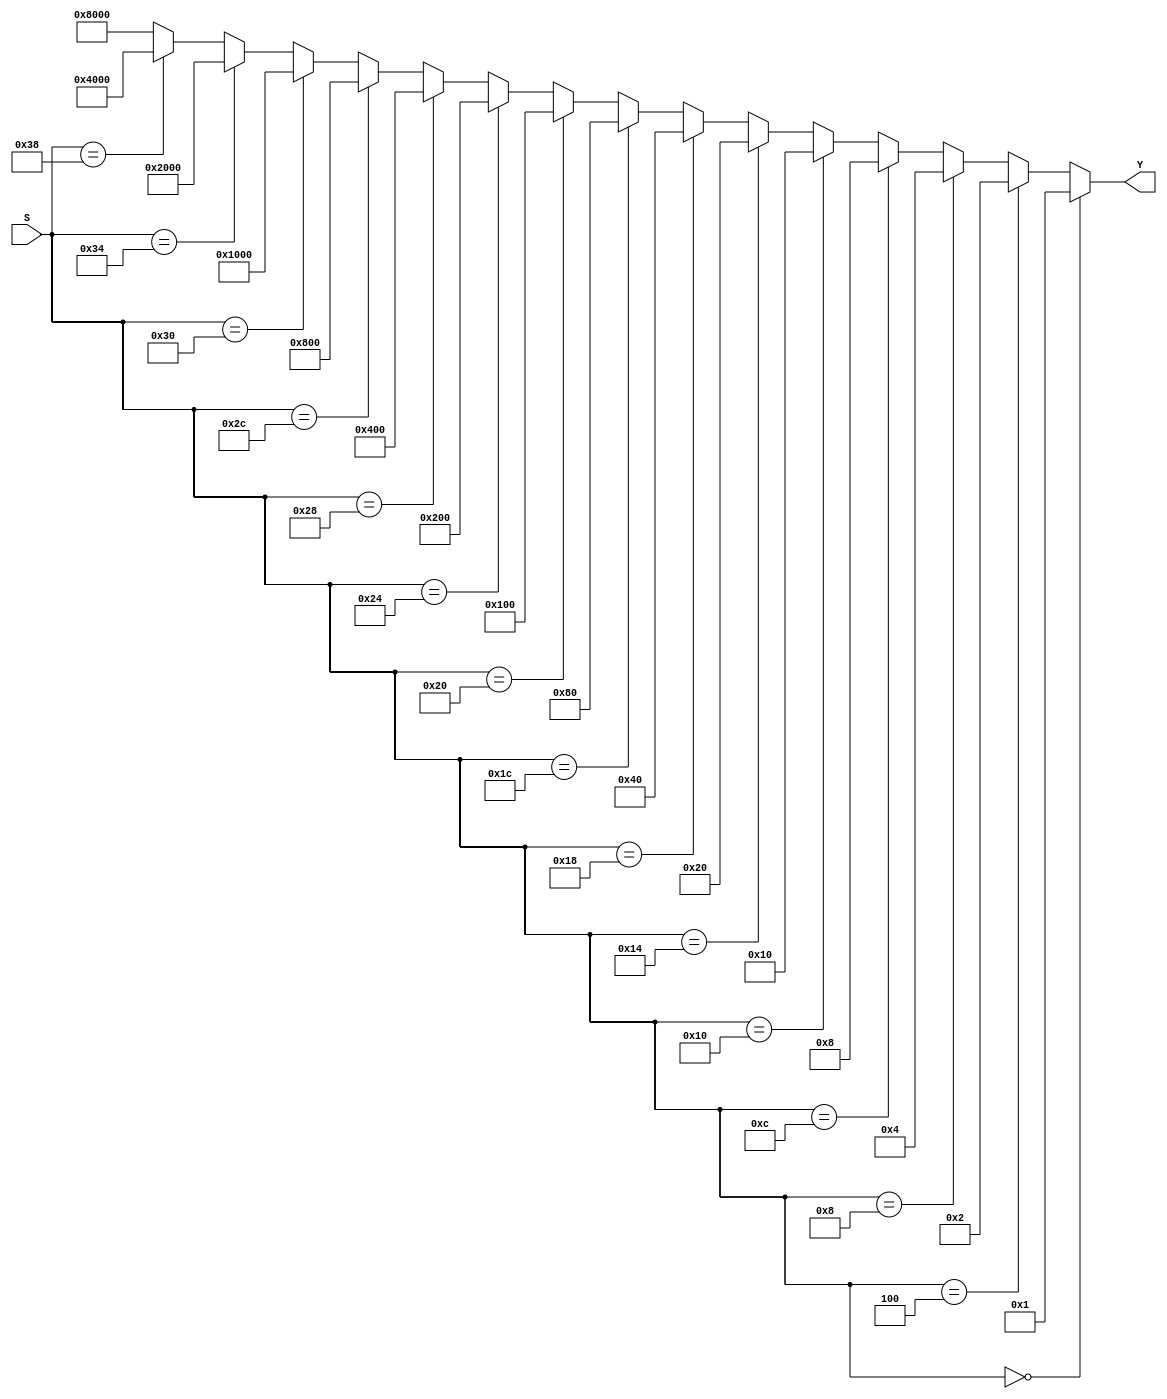
`timescale 1ns / 1ps
//////////////////////////////////////////////////////////////////////////////////
// Company: 
// Engineer: 
// 
// Design Name: 
// Module Name:    DecoHexa 
// Project Name: 
// Target Devices: 
// Tool versions: 
// Description: 
//
// Dependencies: 
//
// Revision: 
// Revision 0.01 - File Created
// Additional Comments: 
//
//////////////////////////////////////////////////////////////////////////////////
module DecoHexa(
			input [31:0]S,
			output wire [15:0]Y
    );
	 
	  
	 assign Y = (S == 32'h0)? 16'b0000000000000001: 
					(S == 32'h4)? 16'b0000000000000010:
					(S == 32'h8)? 16'b0000000000000100:
					(S == 32'hC)? 16'b0000000000001000:
					(S == 32'h10)? 16'b0000000000010000:
					(S == 32'h14)? 16'b0000000000100000:
					(S == 32'h18)? 16'b0000000001000000:
					(S == 32'h1C)? 16'b0000000010000000:
					(S == 32'h20)? 16'b0000000100000000:
					(S == 32'h24)? 16'b0000001000000000:
					(S == 32'h28)? 16'b0000010000000000:
					(S == 32'h2C)? 16'b0000100000000000:
					(S == 32'h30)? 16'b0001000000000000:
					(S == 32'h34)? 16'b0010000000000000:
					(S == 32'h38)? 16'b0100000000000000:
					 16'b1000000000000000;
	 

			

			
			
			
endmodule